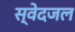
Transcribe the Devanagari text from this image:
स्वेदजल